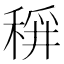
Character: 𱶍